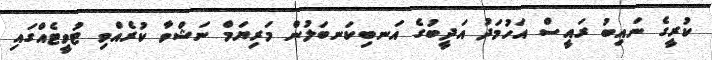
ކުރީގެ ނައިބު ރައީސް އަހުމަދު އަދީބުގެ އަނބިކަނބަލުން މަރިޔަމް ނަޝްވާ ކުރެއްވި ޓުވީޓެއްގައި